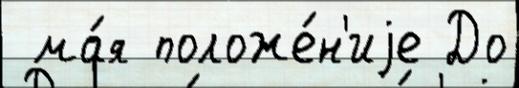
 ма́я положе́н'иjе До